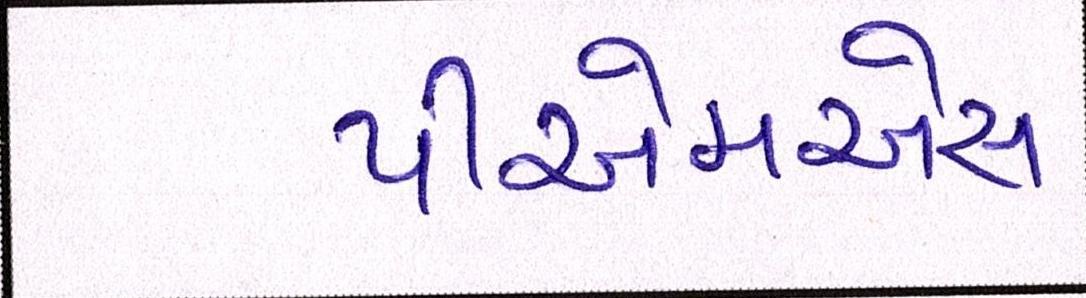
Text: પીએમએસ